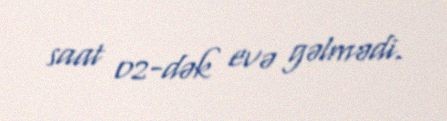
saat 02-dək evə gəlmədi.